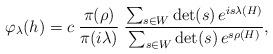
LaTeX: \begin{align*}\varphi_\lambda(h)=c\;\frac{\pi(\rho)}{\pi(i\lambda)}\;\frac{\sum_{s\in W} \det (s)\,e^{is\lambda(H)}}{\sum_{s\in W} \det (s)\, e^{s\rho(H)}},\end{align*}